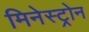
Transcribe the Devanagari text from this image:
मिनेस्ट्रोन